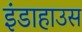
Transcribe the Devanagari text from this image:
इंडाहाउस